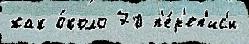
как о́коло 70 п'е́р'еп'ис'и